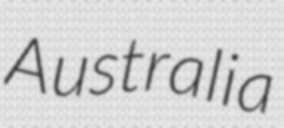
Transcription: Australia